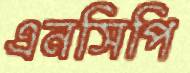
এনসিপি